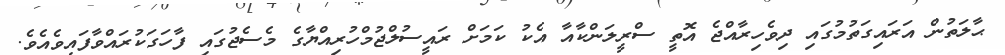
ޙާލަތުން އަރައިގަތުމުގައި ދިވެހިރާއްޖެ އޮތީ ސްރީލަންކާއާ އެކު ކަމަށް ރައީސުލްޖުމްހުރިއްޔާގެ މެސެޖުގައި ފާހަގަކުރައްވާފައިވެއެވެ.